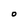
Character: O